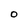
Character: O